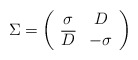
\begin{align*}\Sigma = \left ( \begin{array}{cc} \sigma & D \\ \overline D & -\sigma \end{array} \right )\end{align*}